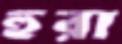
হুরা